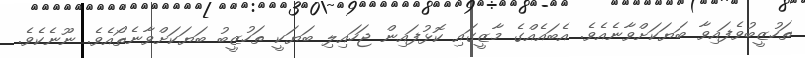
ތަހުޒީބުވެފައިވާ ބަޔަކަށްވާނެއެވެ. އެބައެއްގެ މާޒީގައި ކޮޅުފައިން ޖަހައިލި ބަޔަކީ ތަހުޒީބު ބަޔަކަށްވާނެތޯއެވެ. ނޫނެކެވެ.